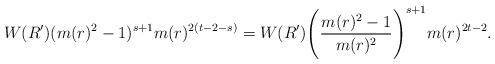
\begin{align*}W(R') (m(r)^2-1)^{s+1}m(r)^{2(t-2-s)} = W(R') \Bigg( \frac{m(r)^2-1}{m(r)^2}\Bigg)^{s+1} m(r)^{2t-2}.\end{align*}